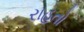
રાહતો